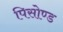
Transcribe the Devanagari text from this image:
पिसोण्ड